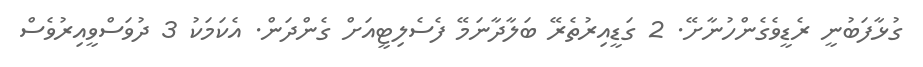
ގުޅާފަބުނީ ރެޑީވެގެންހުނާށޭ. 2 ގަޑީއިރުތެރޭ ބަލާދާނަމޭ ފެސެލިޓީއަށް ގެންދަން. އެކަމަކު 3 ދުވަސްވީއިރުވެސް